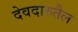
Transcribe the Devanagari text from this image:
देवदारुतैल